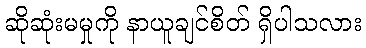
ဆိုဆုံးမမှုကို နာယူချင်စိတ် ရှိပါသလား